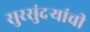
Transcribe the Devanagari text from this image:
सुरसुंदऱ्यांची